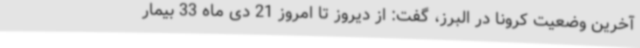
آخرین وضعیت کرونا در البرز، گفت: از دیروز تا امروز 21 دی ماه 33 بیمار